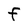
Character: F